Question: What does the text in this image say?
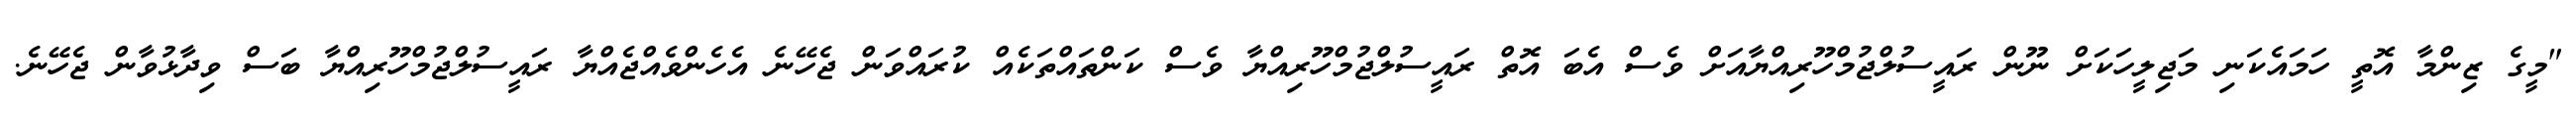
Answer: "މީގެ ޒިންމާ އޮތީ ހަމައެކަނި މަޖިލީހަކަށް ނޫން ރައީސުލްޖުމްހޫރިއްޔާއަށް ވެސް އެބަ އޮތް ރައީސުލްޖުމްހޫރިއްޔާ ވެސް ކަންތައްތަކެއް ކުރައްވަން ޖެހޭނެ އެހެންވެއްޖެއްޔާ ރައީސުލްޖުމްހޫރިއްޔާ ބަސް ވިދާޅުވާން ޖެހޭނެ.